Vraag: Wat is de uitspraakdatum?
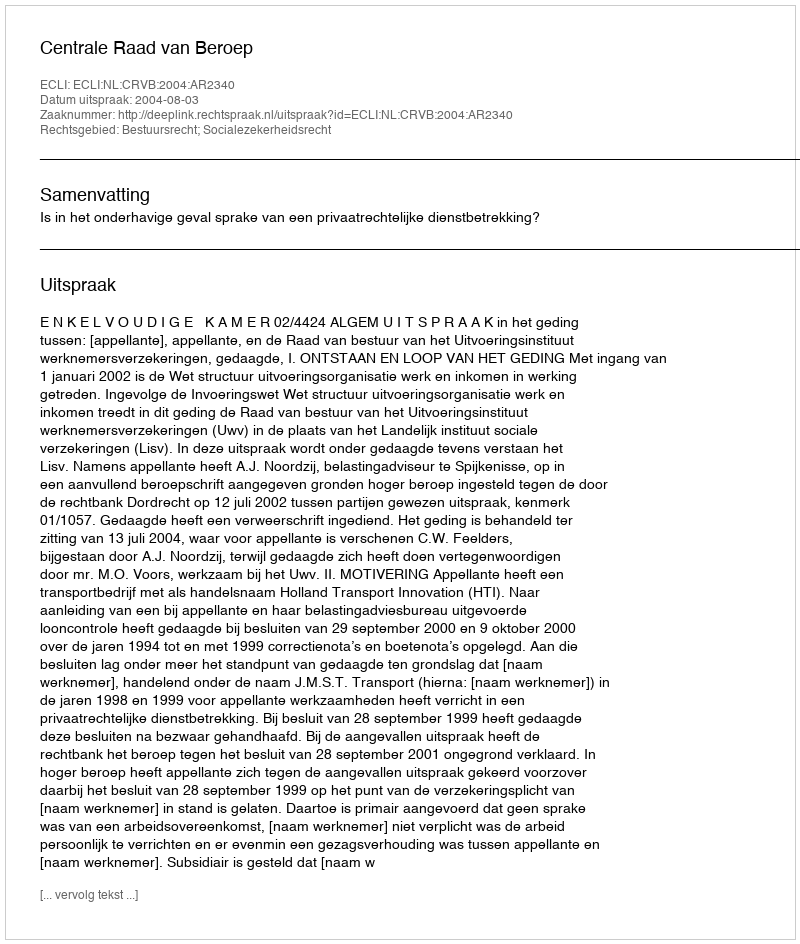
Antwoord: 2004-08-03